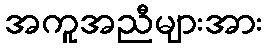
အကူအညီများအား